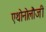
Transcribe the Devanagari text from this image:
एथोनोलौजी